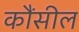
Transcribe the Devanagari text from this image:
कौंसील